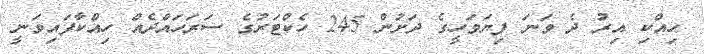
ހިއްކި އިރު ދެ ވަނަ ފިޔަވަހީގެ ދަށުން 245 ހެކްޓަރުގެ ސަރަހައްދެއް ހިއްކާފައިވަނީ